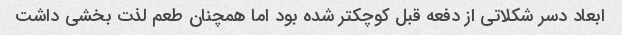
ابعاد دسر شکلاتی از دفعه قبل کوچکتر شده بود اما همچنان طعم لذت بخشی داشت